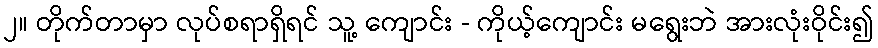
၂။ တိုက်တာမှာ လုပ်စရာရှိရင် သူ့ ကျောင်း - ကိုယ့်ကျောင်း မရွေးဘဲ အားလုံးဝိုင်း၍